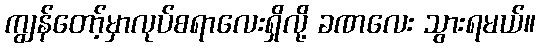
ကျွန်တော့်မှာလုပ်စရာလေးရှိလို့ ခဏလေး သွားရမယ်။